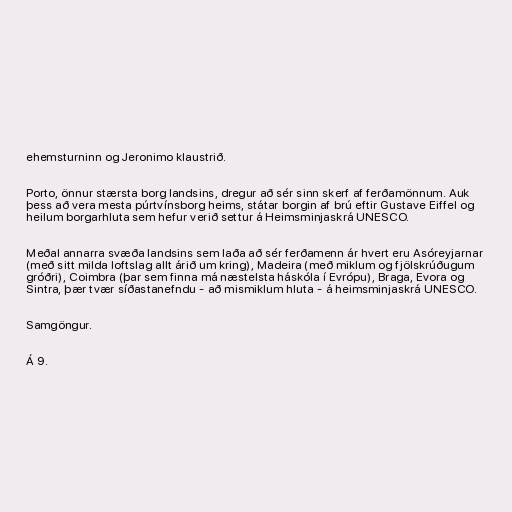
ehemsturninn og Jeronimo klaustrið.

Porto, önnur stærsta borg landsins, dregur að sér sinn skerf af ferðamönnum. Auk
þess að vera mesta púrtvínsborg heims, státar borgin af brú eftir Gustave Eiffel og
heilum borgarhluta sem hefur verið settur á Heimsminjaskrá UNESCO.

Meðal annarra svæða landsins sem laða að sér ferðamenn ár hvert eru Asóreyjarnar
(með sitt milda loftslag allt árið um kring), Madeira (með miklum og fjölskrúðugum
gróðri), Coimbra (þar sem finna má næstelsta háskóla í Evrópu), Braga, Evora og
Sintra, þær tvær síðastanefndu - að mismiklum hluta - á heimsminjaskrá UNESCO.

Samgöngur.

Á 9.